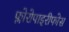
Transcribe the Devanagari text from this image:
फ्लोरोपाइरीफोस